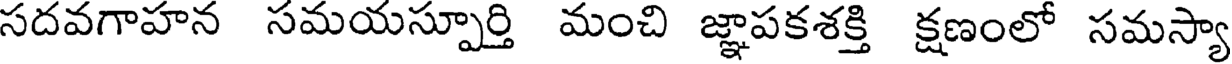
సదవగాహన సమయస్పూర్తి మంచి జ్ఞాపకశక్తి క్షణంలో సమస్యా